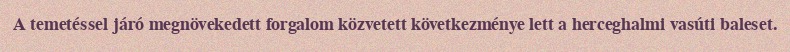
A temetéssel járó megnövekedett forgalom közvetett következménye lett a herceghalmi vasúti baleset.